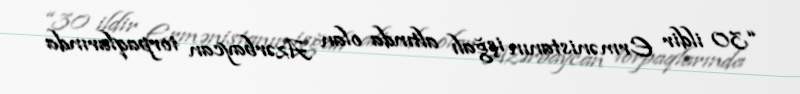
“30 ildir Ermənistanın işğalı altında olan Azərbaycan torpaqlarında